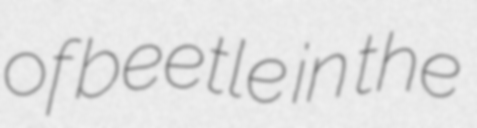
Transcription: of beetle in the